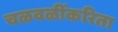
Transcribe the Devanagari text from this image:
चळवळींकरिता